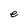
Character: e